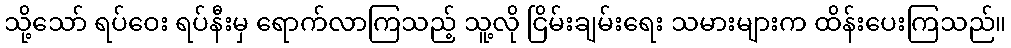
သို့သော် ရပ်ဝေး ရပ်နီးမှ ရောက်လာကြသည့် သူ့လို ငြိမ်းချမ်းရေး သမားများက ထိန်းပေးကြသည်။